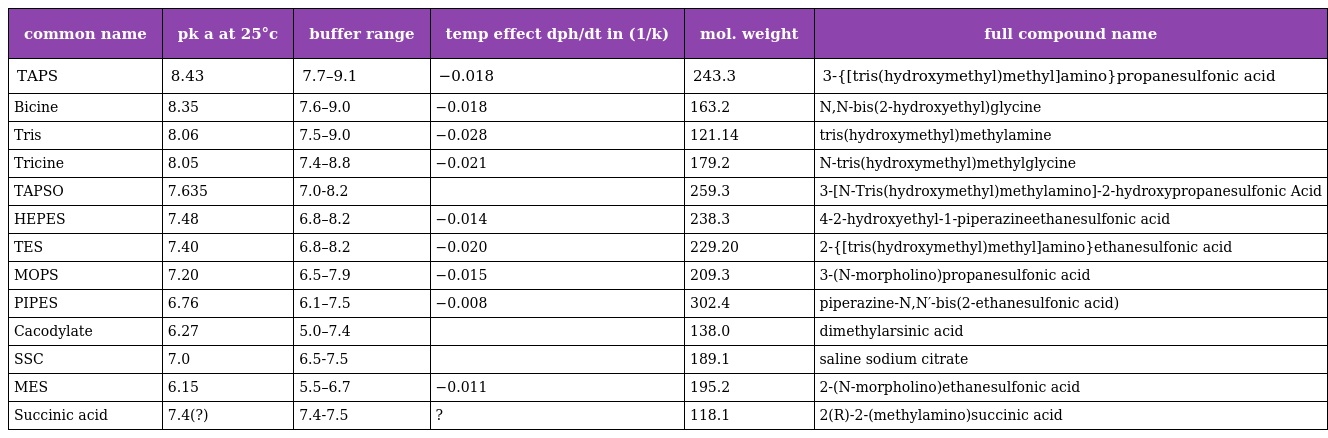
| common name | pk a at 25°c | buffer range | temp effect dph/dt in (1/k) | mol. weight | full compound name |
 | --- | --- | --- | --- | --- | --- |
 | TAPS | 8.43 | 7.7–9.1 | −0.018 | 243.3 | 3-{[tris(hydroxymethyl)methyl]amino}propanesulfonic acid |
 | Bicine | 8.35 | 7.6–9.0 | −0.018 | 163.2 | N,N-bis(2-hydroxyethyl)glycine |
 | Tris | 8.06 | 7.5–9.0 | −0.028 | 121.14 | tris(hydroxymethyl)methylamine |
 | Tricine | 8.05 | 7.4–8.8 | −0.021 | 179.2 | N-tris(hydroxymethyl)methylglycine |
 | TAPSO | 7.635 | 7.0-8.2 |  | 259.3 | 3-[N-Tris(hydroxymethyl)methylamino]-2-hydroxypropanesulfonic Acid |
 | HEPES | 7.48 | 6.8–8.2 | −0.014 | 238.3 | 4-2-hydroxyethyl-1-piperazineethanesulfonic acid |
 | TES | 7.40 | 6.8–8.2 | −0.020 | 229.20 | 2-{[tris(hydroxymethyl)methyl]amino}ethanesulfonic acid |
 | MOPS | 7.20 | 6.5–7.9 | −0.015 | 209.3 | 3-(N-morpholino)propanesulfonic acid |
 | PIPES | 6.76 | 6.1–7.5 | −0.008 | 302.4 | piperazine-N,N′-bis(2-ethanesulfonic acid) |
 | Cacodylate | 6.27 | 5.0–7.4 |  | 138.0 | dimethylarsinic acid |
 | SSC | 7.0 | 6.5-7.5 |  | 189.1 | saline sodium citrate |
 | MES | 6.15 | 5.5–6.7 | −0.011 | 195.2 | 2-(N-morpholino)ethanesulfonic acid |
 | Succinic acid | 7.4(?) | 7.4-7.5 | ? | 118.1 | 2(R)-2-(methylamino)succinic acid |